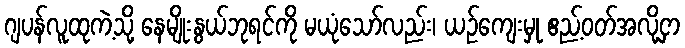
ဂျပန်လူထုကဲ့သို့ နေမျိုးနွယ်ဘုရင်ကို မယုံသော်လည်း၊ ယဉ်ကျေးမှု ဧည့်ဝတ်အလို့ငှာ